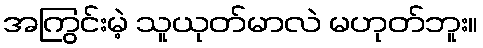
အကြွင်းမဲ့ သူယုတ်မာလဲ မဟုတ်ဘူး။